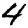
Digit: 4